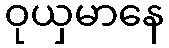
ဝုယှမာနေ